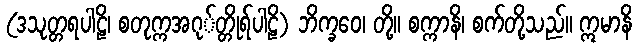
(ဒသုတ္တရပါဠိ၊ စတုက္ကအဂု်တ္တိုရ်ပါဠိ) ဘိက္ခဝေ၊ တို့။ စက္ကာနိ၊ စက်တို့သည်။ ဣမာနိ